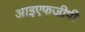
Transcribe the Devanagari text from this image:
आइएफजीपी